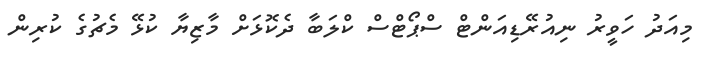
މިއަދު ހަވީރު ނިއުރޭޑިއަންޓް ސްޕޯޓްސް ކްލަބާ ދެކޮޅަށް މާޒިޔާ ކުޅޭ މެޗުގެ ކުރިން